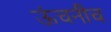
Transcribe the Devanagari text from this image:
ऊंचनीच